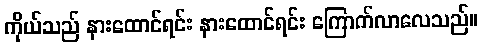
ကိုယ်သည် နားထောင်ရင်း နားထောင်ရင်း ကြောက်လာလေသည်။